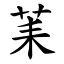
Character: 䒹